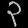
Digit: ၃